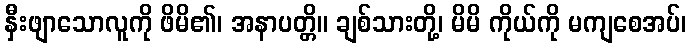
နှီးဖျာသောလူကို ဖိမိ၏၊ အနာပတ္တိ။ ချစ်သားတို့၊ မိမိ ကိုယ်ကို မကျစေအပ်၊